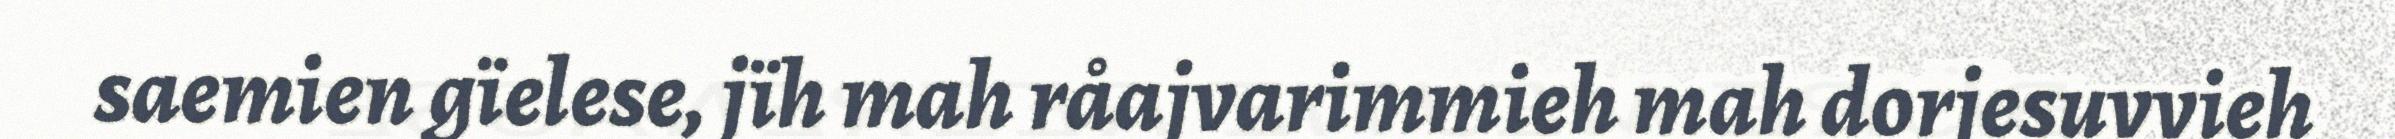
saemien gïelese, jïh mah råajvarimmieh mah dorjesuvvieh